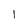
Character: 1